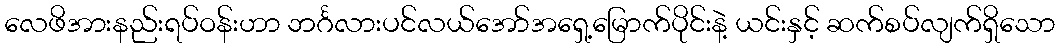
လေဖိအားနည်းရပ်ဝန်းဟာ ဘင်္ဂလားပင်လယ်အော်အရှေ့မြောက်ပိုင်းနဲ့ ယင်းနှင့် ဆက်စပ်လျက်ရှိသော